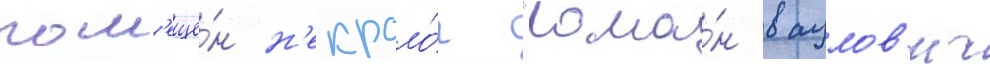
пом'ещё́н н'екроло́г "рома́н вацлов'ич